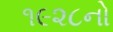
૧૯૨૮નો